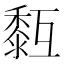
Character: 𪏳